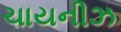
ચાયનીઝ